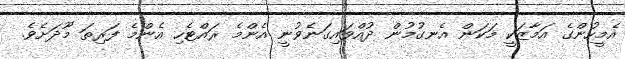
އެމީހުންގެ އަމާޒަކީ މަކަން އެނގުމުން ދުއްވައިގަނެވުނީ އެންމެ ރައްޓެހި އެންމެ ފަރިތަ މޫދަށެވެ.